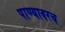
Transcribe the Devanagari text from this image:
पाण्यावरच